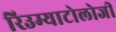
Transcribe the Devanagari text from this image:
रिउम्याटोलोजी